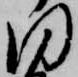
同